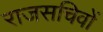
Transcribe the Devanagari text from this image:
राजसचिवों